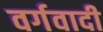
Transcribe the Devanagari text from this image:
वर्गवादी